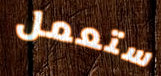
ستعمل